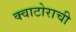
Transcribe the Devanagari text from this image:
क्वाटोराची